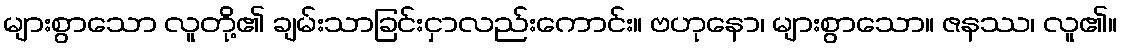
များစွာသော လူတို့၏ ချမ်းသာခြင်းငှာလည်းကောင်း။ ဗဟုနော၊ များစွာသော။ ဇနဿ၊ လူ၏။